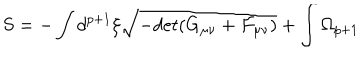
S = - \int d ^ { p + 1 } \xi \sqrt { - d e t ( G _ { \mu \nu } + { \cal F } _ { \mu \nu } ) } + \int \Omega _ { p + 1 }